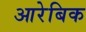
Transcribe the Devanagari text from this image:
आरेबिक